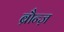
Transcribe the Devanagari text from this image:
ब्रौन्ज़